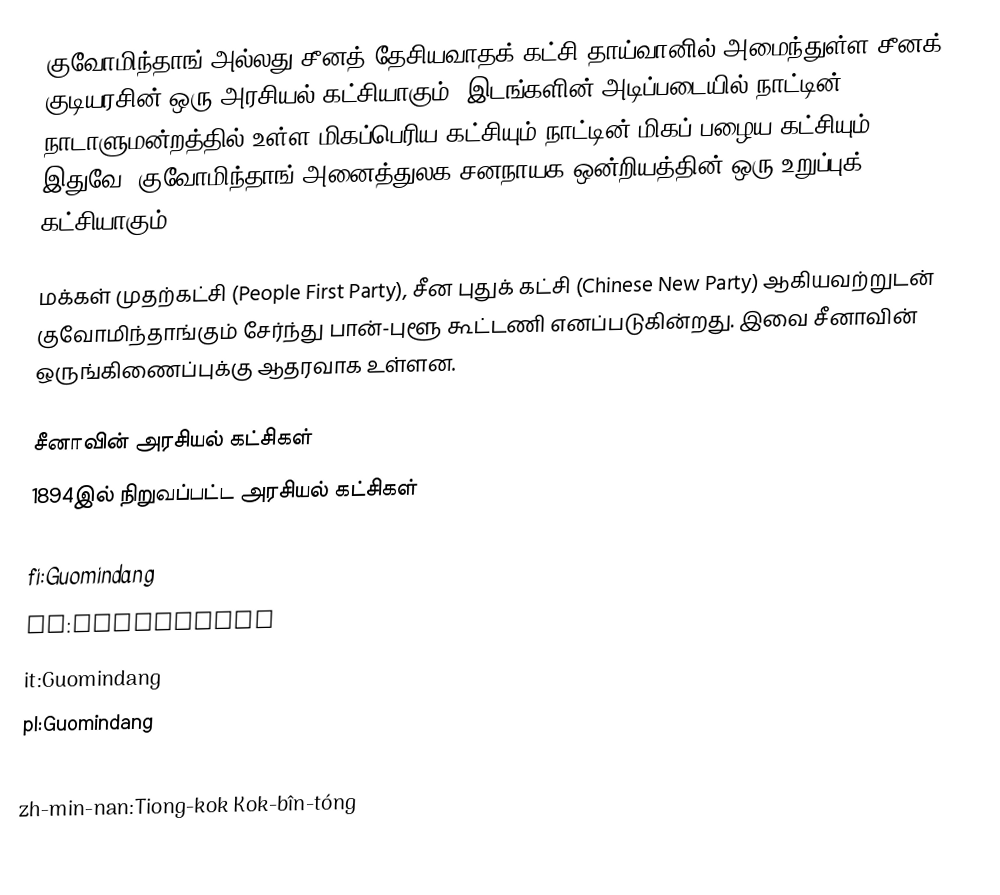
குவோமிந்தாங் அல்லது சீனத் தேசியவாதக் கட்சி தாய்வானில் அமைந்துள்ள சீனக் குடியரசின் ஒரு அரசியல் கட்சியாகும். இடங்களின் அடிப்படையில் நாட்டின் நாடாளுமன்றத்தில் உள்ள மிகப்பெரிய கட்சியும் நாட்டின் மிகப் பழைய கட்சியும் இதுவே. குவோமிந்தாங் அனைத்துலக சனநாயக ஒன்றியத்தின் ஒரு உறுப்புக் கட்சியாகும்.

மக்கள் முதற்கட்சி (People First Party), சீன புதுக் கட்சி (Chinese New Party) ஆகியவற்றுடன் குவோமிந்தாங்கும் சேர்ந்து பான்-புளூ கூட்டணி எனப்படுகின்றது. இவை சீனாவின் ஒருங்கிணைப்புக்கு ஆதரவாக உள்ளன.

சீனாவின் அரசியல் கட்சிகள்
1894இல் நிறுவப்பட்ட அரசியல் கட்சிகள்

fi:Guomindang
fr:Guomindang
it:Guomindang
pl:Guomindang
sv:Kinas nationella folkparti
zh-min-nan:Tiong-kok Kok-bîn-tóng